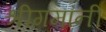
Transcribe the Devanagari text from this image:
श्रीगमांनी